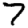
Digit: 7